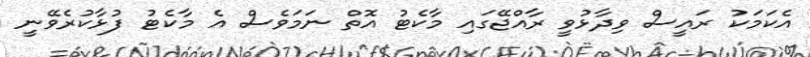
އެކަމަކު ރައީސް ވިދާޅުވީ ރާއްޖޭގައި މާކެޓު އޮތް ނަމަވެސް އެ މާކެޓު ފުޅާކުރެވޭނީ